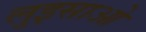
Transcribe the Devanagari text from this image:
लुइसाओ